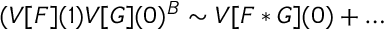
( V [ F ] ( 1 ) V [ G ] ( 0 ) ^ { B } \sim V [ F * G ] ( 0 ) + \dots